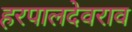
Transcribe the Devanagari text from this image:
हरपालदेवराव